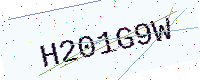
Text: H201G9W